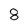
Character: 8